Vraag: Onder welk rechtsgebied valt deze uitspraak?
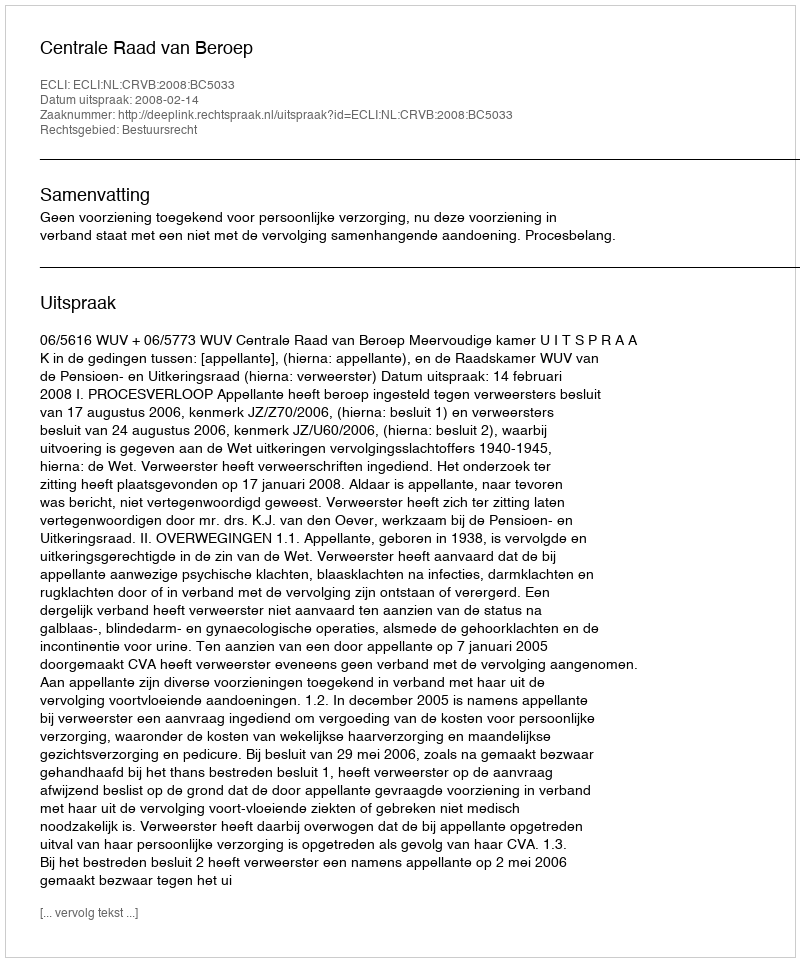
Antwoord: Bestuursrecht